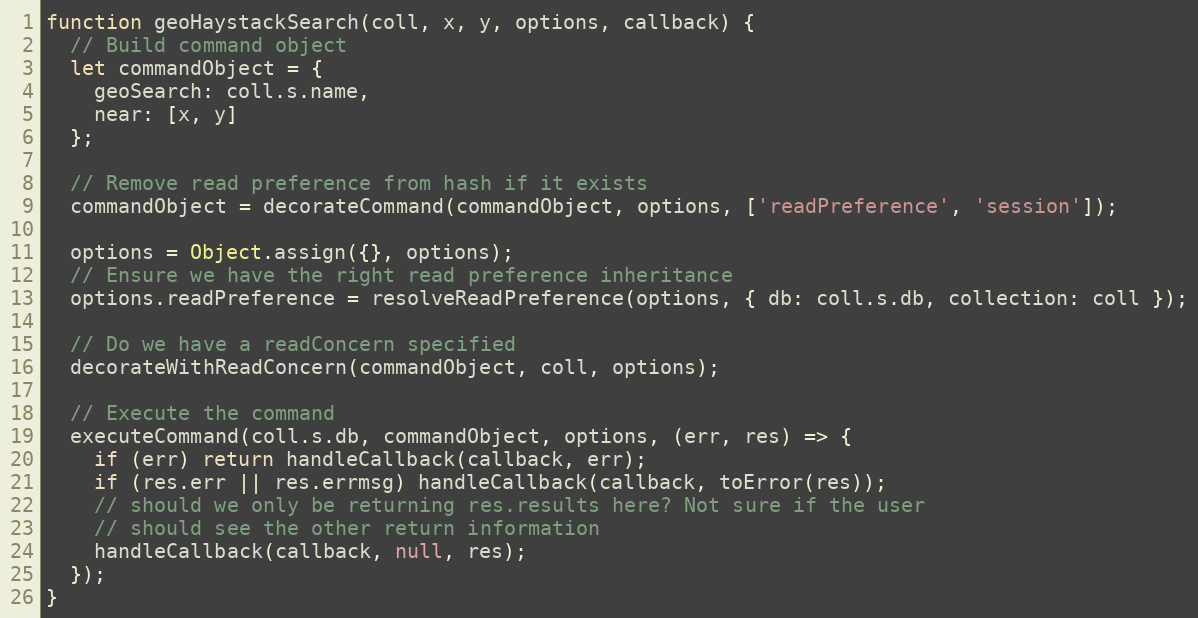
Language: JavaScript
function geoHaystackSearch(coll, x, y, options, callback) {
  // Build command object
  let commandObject = {
    geoSearch: coll.s.name,
    near: [x, y]
  };

  // Remove read preference from hash if it exists
  commandObject = decorateCommand(commandObject, options, ['readPreference', 'session']);

  options = Object.assign({}, options);
  // Ensure we have the right read preference inheritance
  options.readPreference = resolveReadPreference(options, { db: coll.s.db, collection: coll });

  // Do we have a readConcern specified
  decorateWithReadConcern(commandObject, coll, options);

  // Execute the command
  executeCommand(coll.s.db, commandObject, options, (err, res) => {
    if (err) return handleCallback(callback, err);
    if (res.err || res.errmsg) handleCallback(callback, toError(res));
    // should we only be returning res.results here? Not sure if the user
    // should see the other return information
    handleCallback(callback, null, res);
  });
}